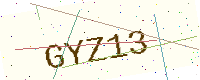
Text: GYZ13